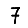
Digit: 7